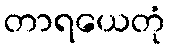
တာရယေတုံ